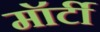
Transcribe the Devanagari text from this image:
मॉर्टी